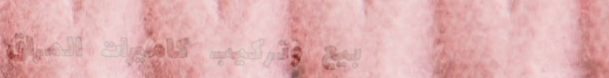
بيع وتركيب كاميرات المراق